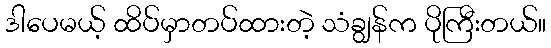
ဒါပေမယ့် ထိပ်မှာတပ်ထားတဲ့ သံချွန်က ပိုကြီးတယ်။